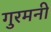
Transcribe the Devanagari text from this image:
गुरमनी